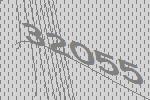
32055